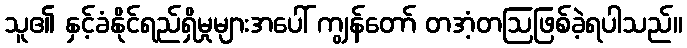
သူ၏ နှင့်ခံနိုင်ရည်ရှိမှုများအပေါ် ကျွန်တော် တအံ့တဩဖြစ်ခဲ့ရပါသည်။